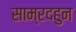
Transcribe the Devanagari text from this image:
साम्रदहुन